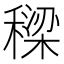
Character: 𮃡